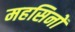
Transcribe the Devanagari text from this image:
महसिनों